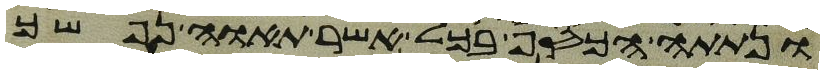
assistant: ונתתה הכסף בכל אשר תאוה נפשך